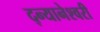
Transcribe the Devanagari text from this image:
द्न्यानेश्वरी